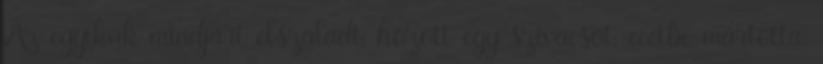
Az egyikük mindjárt elszaladt, hozott egy szivacsot, ecetbe mártotta,